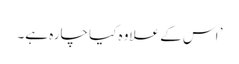
’ اس کے علاوہ کیا چارہ ہے۔